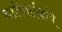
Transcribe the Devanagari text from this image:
नातेवाईकांचे